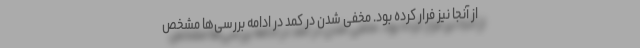
از آنجا نیز فرار کرده بود. مخفی شدن در کمد در ادامه بررسی‌ها مشخص